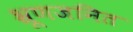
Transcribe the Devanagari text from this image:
भ्रूणजनित